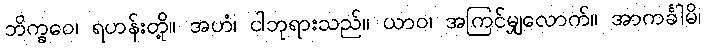
ဘိက္ခဝေ၊ ရဟန်းတို့။ အဟံ၊ ငါဘုရားသည်။ ယာဝ၊ အကြင်မျှလောက်။ အာကင်္ခါမိ၊